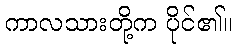
ကာလသားတို့က ပိုင်၏။